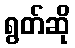
ရွတ်ဆို